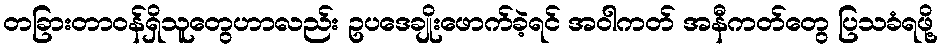
တခြားတာဝန်ရှိသူတွေဟာလည်း ဥပဒေချိုးဖောက်ခဲ့ရင် အဝါကတ် အနီကတ်တွေ ပြသခံရဖို့